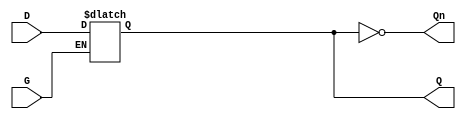
module GatedDLatch (
    input wire D,      // Data input
    input wire G,      // Gating control signal
    output reg Q,      // Output (stores the value of D)
    output wire Qn     // Complementary output
);

// Complementary output
assign Qn = ~Q;

// Always block to implement the gated latch functionality
always @ (G or D) begin
    if (G) begin
        // When G is high, latch the value of D
        Q <= D;
    end
    // When G is low, Q retains its value (hold state)
end

endmodule